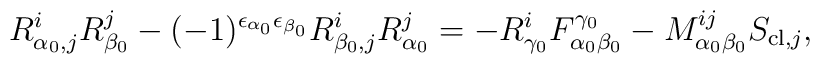
R_{\alpha_0, j}^i R_{\beta_0}^j -(-1)^{\epsilon_{\alpha_0} \epsilon_{\beta_0}} R_{\beta_0, j}^i R_{\alpha_0}^j =- R_{\gamma_0}^i F_{\alpha_0 \beta_0}^{\gamma_0} - M^{ij}_{\alpha_0 \beta_0} S_{{\rm cl}, j},